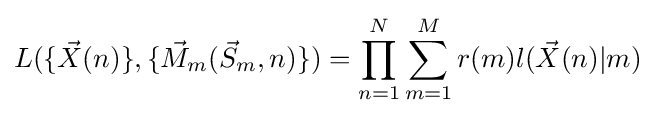
L(\{{\vec {X}}(n)\},\{{\vec {M}}_{m}({\vec {S}}_{m},n)\})=\prod _{n=1}^{N}{\sum _{m=1}^{M}{r(m)l({\vec {X}}(n)|m)}}